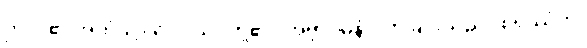
ဤငါ၏ အထံသို့။ ဝေါ၊ သင်တို့၏။ အဗ္ဘာဂမနံ၊ လာခြင်းသည်။ စိရဿံဟိ၊